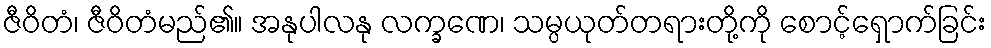
ဇီဝိတံ၊ ဇီဝိတံမည်၏။ အနုပါလနု လက္ခဏေ၊ သမ္ပယုတ်တရားတို့ကို စောင့်ရှောက်ခြင်း